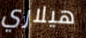
هيلاري